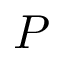
P